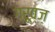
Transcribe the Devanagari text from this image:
ग्रूव्ज़